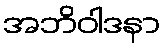
အဘိဝါဒနာ